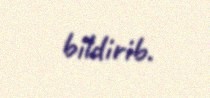
bildirib.